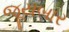
જૂયબાર